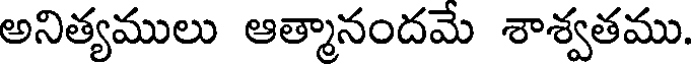
అనిత్యములు ఆత్మానందమే శాశ్వతము.